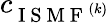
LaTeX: c_{\mathrm{~I~S~M~F~}^{(k)}}